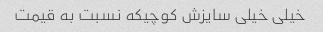
خیلی خیلی سایزش کوچیکه نسبت به قیمت